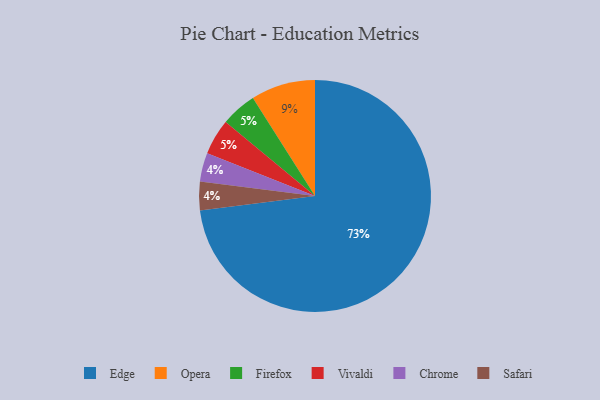
{"axis": {"x": "Category", "y": "Percentage"}, "legend": ["Chrome", "Edge", "Firefox", "Opera", "Safari", "Vivaldi"], "data": [{"x": "Edge", "y": 73, "type": "Edge"}, {"x": "Chrome", "y": 4, "type": "Chrome"}, {"x": "Opera", "y": 9, "type": "Opera"}, {"x": "Firefox", "y": 5, "type": "Firefox"}, {"x": "Safari", "y": 4, "type": "Safari"}, {"x": "Vivaldi", "y": 5, "type": "Vivaldi"}]}